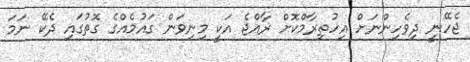
ޖެހޭނީ ދިވެހިންނަށް އިހުތިރާމްކޮށް ރާއްޖެ އަކީ މިނިވަން ގައުމެއްގެ ގޮތުގައި ދެކޭ ނަމަ